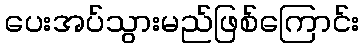
ပေးအပ်သွားမည်ဖြစ်ကြောင်း